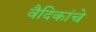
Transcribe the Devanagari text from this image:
वैदिकांचे